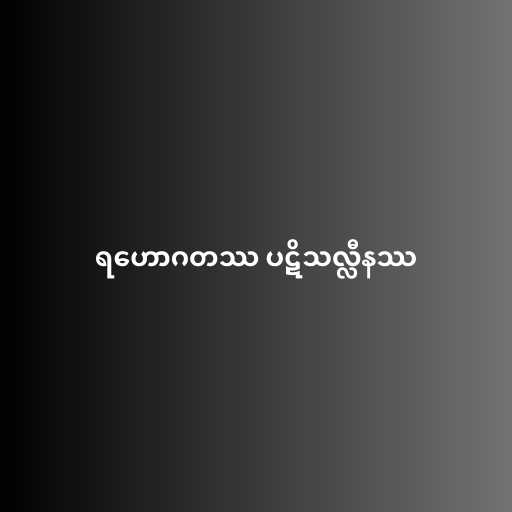
ရဟောဂတဿ ပဋိသလ္လီနဿ